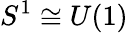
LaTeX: S^{1}\cong U(1)